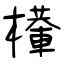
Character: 檋